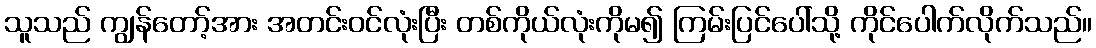
သူသည် ကျွန်တော့်အား အတင်းဝင်လုံးပြီး တစ်ကိုယ်လုံးကိုမ၍ ကြမ်းပြင်ပေါ်သို့ ကိုင်ပေါက်လိုက်သည်။